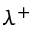
\lambda ^ { + }